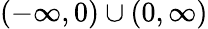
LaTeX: \left(-\infty,0\right)\cup\left(0,\infty\right)